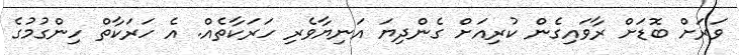
ވަރަށް ބޮޑަށް ރާވައިގެން ކުރިއަށް ގެންދިޔަ އަނިޔާވެރި ހަރަކާތެއް. އެ ހަރަކާތް ހިންގުމުގެ